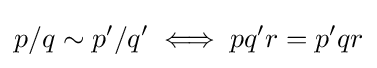
p/q\sim p'/q'\iff pq'r=p'qr